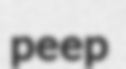
peep